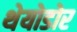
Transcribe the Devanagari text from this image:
थेयोडोर